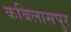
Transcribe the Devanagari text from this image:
कबिलासपुर